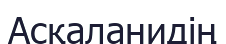
Асқаланидің